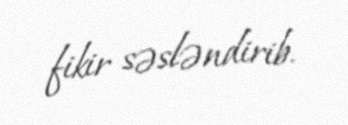
fikir səsləndirib.